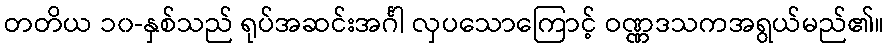
တတိယ ၁၀-နှစ်သည် ရုပ်အဆင်းအင်္ဂါ လှပသောကြောင့် ဝဏ္ဏဒသကအရွယ်မည်၏။